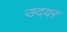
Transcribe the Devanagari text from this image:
उदयर